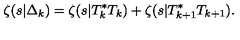
\zeta ( s | \Delta _ { k } ) = \zeta ( s | T _ { k } ^ { * } T _ { k } ) + \zeta ( s | T _ { k + 1 } ^ { * } T _ { k + 1 } ) .